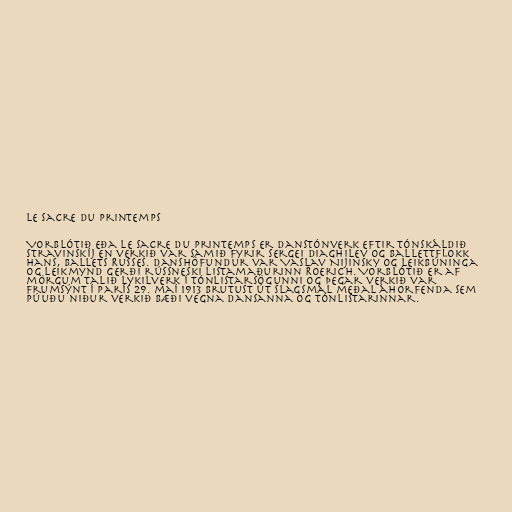
Le sacre du printemps

Vorblótið eða Le sacre du printemps er danstónverk eftir tónskáldið
Stravinskíj en verkið var samið fyrir Sergei Diaghilev og ballettflokk
hans, Ballets Russes. Danshöfundur var Vaslav Nijinsky og leikbúninga
og leikmynd gerði rússneski listamaðurinn Roerich. Vorblótið er af
mörgum talið lykilverk í tónlistarsögunni og þegar verkið var
frumsýnt í París 29. maí 1913 brutust út slagsmál meðal áhorfenda sem
púuðu niður verkið bæði vegna dansanna og tónlistarinnar.